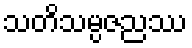
သတိသမ္ပဇညဿ